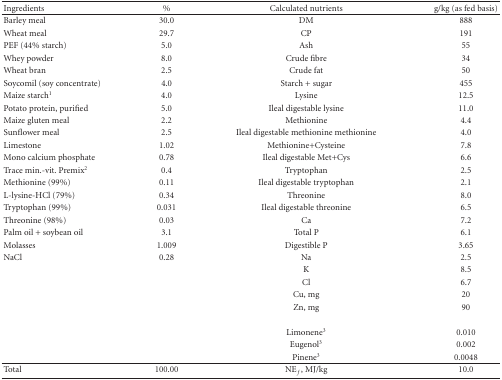
<table><thead><tr><td><b>Ingredients </b></td><td><b>%</b></td><td><b>Calculated nutrients</b></td><td><b>g/kg (as fed basis)</b></td></tr></thead><tbody><tr><td>Barley meal</td><td>30.0</td><td>DM</td><td>888</td></tr><tr><td>Wheat meal</td><td>29.7</td><td>CP</td><td>191</td></tr><tr><td>PEF (44% starch)</td><td>5.0</td><td>Ash</td><td>55</td></tr><tr><td>Whey powder</td><td>8.0</td><td>Crude fibre</td><td>34</td></tr><tr><td>Wheat bran</td><td>2.5</td><td>Crude fat </td><td>50</td></tr><tr><td>Soycomil (soy concentrate)</td><td>4.0 </td><td>Starch + sugar</td><td>455</td></tr><tr><td>Maize starch<sup>1</sup></td><td>4.0</td><td>Lysine</td><td>12.5</td></tr><tr><td>Potato protein, purified</td><td>5.0</td><td>Ileal digestable lysine</td><td>11.0</td></tr><tr><td>Maize gluten meal</td><td>2.2</td><td>Methionine</td><td>4.4</td></tr><tr><td>Sunflower meal</td><td>2.5</td><td>Ileal digestable methionine methionine</td><td>4.0</td></tr><tr><td>Limestone</td><td>1.02</td><td>Methionine+Cysteine</td><td>7.8</td></tr><tr><td>Mono calcium phosphate</td><td>0.78</td><td>Ileal digestable Met+Cys</td><td>6.6</td></tr><tr><td>Trace min.-vit. Premix<sup>2</sup></td><td>0.4</td><td>Tryptophan</td><td>2.5</td></tr><tr><td>Methionine (99%)</td><td>0.11</td><td>Ileal digestable tryptophan</td><td>2.1</td></tr><tr><td>L-lysine-HCl (79%)</td><td>0.34</td><td>Threonine</td><td>8.0</td></tr><tr><td>Tryptophan (99%)</td><td>0.031</td><td>Ileal digestable threonine</td><td>6.5</td></tr><tr><td>Threonine (98%)</td><td>0.03</td><td>Ca</td><td>7.2</td></tr><tr><td>Palm oil + soybean oil </td><td>3.1</td><td>Total P</td><td>6.1</td></tr><tr><td>Molasses</td><td>1.009</td><td>Digestible P</td><td>3.65</td></tr><tr><td>NaCl</td><td>0.28</td><td>Na</td><td>2.5</td></tr><tr><td></td><td></td><td>K</td><td>8.5</td></tr><tr><td></td><td></td><td>Cl</td><td>6.7</td></tr><tr><td></td><td></td><td>Cu, mg</td><td>20</td></tr><tr><td></td><td></td><td>Zn, mg </td><td>90</td></tr><tr><td></td><td></td><td>Limonene<sup>3</sup></td><td>0.010</td></tr><tr><td></td><td></td><td>Eugenol<sup>3</sup></td><td>0.002</td></tr><tr><td></td><td></td><td>Pinene<sup>3</sup></td><td>0.0048</td></tr><tr><td>Total</td><td>100.00</td><td>NE<sub>f</sub>, MJ/kg</td><td>10.0</td></tr></tbody></table>